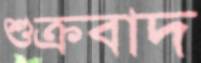
শুক্রবাদ